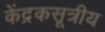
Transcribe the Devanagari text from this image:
केंद्रकसूत्रीय